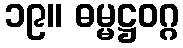
၁၉။ ဓမ္မဋ္ဌဝဂ္ဂ